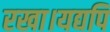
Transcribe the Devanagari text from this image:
रखा।यद्यपि